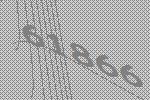
61866